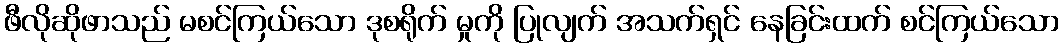
ဖီလိုဆိုဖာသည် မစင်ကြယ်သော ဒုစရိုက် မှုကို ပြုလျက် အသက်ရှင် နေခြင်းထက် စင်ကြယ်သော